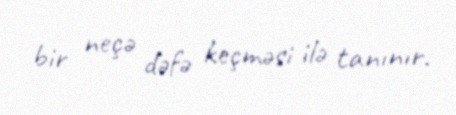
bir neçə dəfə keçməsi ilə tanınır.